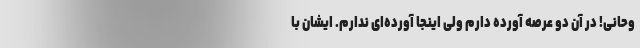
وحانی! در آن دو عرصه آورده دارم ولی اینجا آورده‌ای ندارم. ایشان با